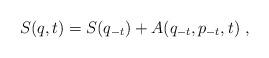
LaTeX: \begin{align*}S(q,t)=S(q_{-t})+A(q_{-t},p_{-t},t) \ ,\end{align*}